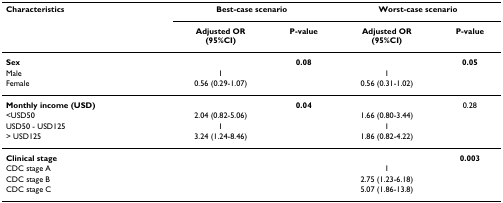
<table><thead><tr><td><b>Characteristics</b></td><td colspan="2"><b>Best-case scenario</b></td><td colspan="2"><b>Worst-case scenario</b></td></tr><tr><td></td><td><b>Adjusted OR(95%CI)</b></td><td><b>P-value</b></td><td><b>Adjusted OR(95%CI)</b></td><td><b>P-value</b></td></tr></thead><tbody><tr><td><b>Sex</b></td><td></td><td><b>0.08</b></td><td></td><td><b>0.05</b></td></tr><tr><td>Male</td><td>1</td><td></td><td>1</td><td></td></tr><tr><td>Female</td><td>0.56 (0.29-1.07)</td><td></td><td>0.56 (0.31-1.02)</td><td></td></tr><tr><td><b>Monthly income (USD)</b></td><td></td><td><b>0.04</b></td><td></td><td>0.28</td></tr><tr><td>&lt;USD50</td><td>2.04 (0.82-5.06)</td><td></td><td>1.66 (0.80-3.44)</td><td></td></tr><tr><td>USD50 - USD125</td><td>1</td><td></td><td>1</td><td></td></tr><tr><td>&gt; USD125</td><td>3.24 (1.24-8.46)</td><td></td><td>1.86 (0.82-4.22)</td><td></td></tr><tr><td><b>Clinical stage</b></td><td></td><td></td><td></td><td><b>0.003</b></td></tr><tr><td>CDC stage A</td><td></td><td></td><td>1</td><td></td></tr><tr><td>CDC stage B</td><td></td><td></td><td>2.75 (1.23-6.18)</td><td></td></tr><tr><td>CDC stage C</td><td></td><td></td><td>5.07 (1.86-13.8)</td><td></td></tr></tbody></table>